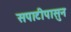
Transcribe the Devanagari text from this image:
सपाटीपासुन